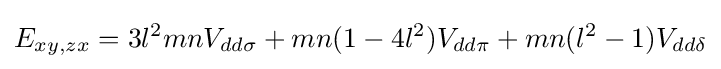
E_{xy,zx}=3l^{2}mnV_{dd\sigma }+mn(1-4l^{2})V_{dd\pi }+mn(l^{2}-1)V_{dd\delta }